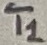
Text: T1